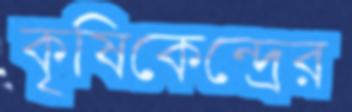
কৃষিকেন্দ্রের